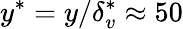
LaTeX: y^{*}=y/\delta_{v}^{*}\approx 50